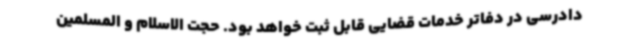
دادرسی در دفاتر خدمات قضایی قابل ثبت خواهد بود. حجت الاسلام و المسلمین